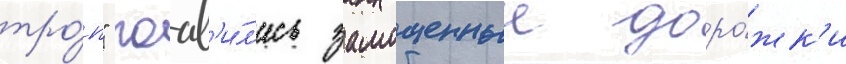
тро́п" поав'и́л'ись замощенные доро́жк'и